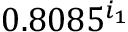
0 . 8 0 8 5 ^ { i _ { 1 } }